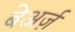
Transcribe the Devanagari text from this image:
बेअर्ज़